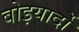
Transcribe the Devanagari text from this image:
बोइयार्दो